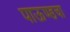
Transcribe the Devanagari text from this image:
पाऊण्डचा